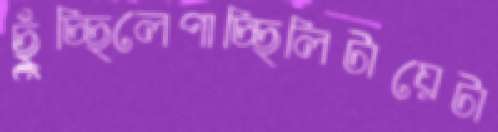
ছুঁচ্ছিলেপাচ্ছিলিটায়েটা